Report on vaccination in Madras 1904-1921 - 1904-1921
Year: 1904
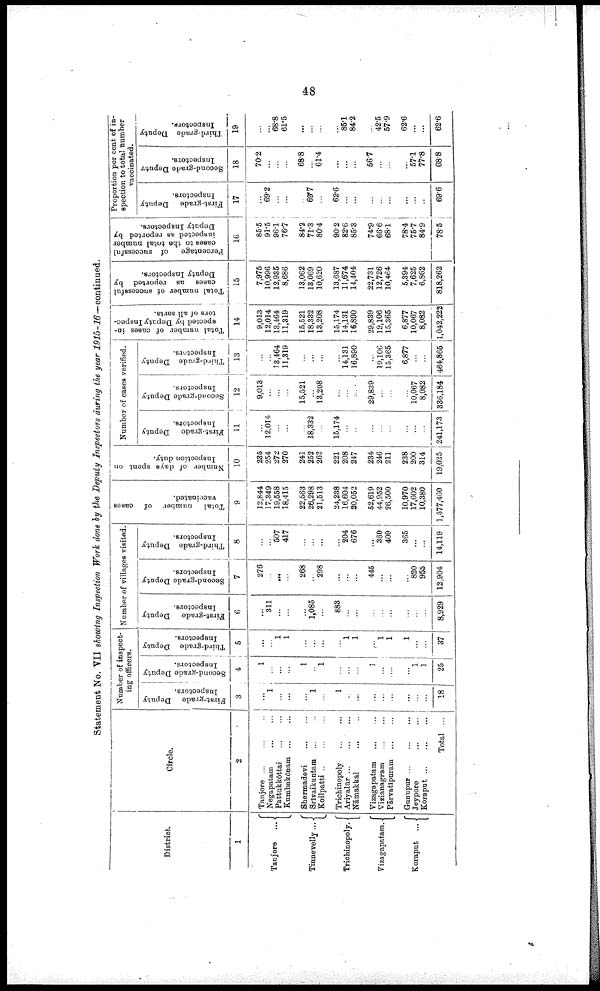
48
Statement No. VII showing Inspection Work done by the Deputy Inspectors during the year 1915-16—continued.
District.
1
Tanjore
...
Tinnevelly ...
Trichinopoly.
Vizagapatam.
Koraput ...
Circle.
2
Tanjore ... ... ...
Negapatam
...
...
Pattukkōttai
...
...
Kumbakōnam ...
...
Shermadevi
...
...
Srivaikuntam ... ...
Koilpatti
...
...
...
Trichinopoly
...
...
Ariyalūr
...
...
...
Nāmakkal ... ...
Vizagapatam
...
...
Vizianagram
...
...
Pārvatīpuram
...
...
Gunupur
...
...
...
Jeypore ... ...
...
Koraput
...
Total ...
Number of inspect
ing officers.
First-grade Deputy
Inspectors.
3
...
1
...
...
...
1
...
1
...
...
...
...
...
...
...
...
18
Second-grade Deputy
Inspectors.
4
1
...
...
...
1
...
1
...
...
...
1
...
...
...
1
1
25
Third-grade Deputy
Inspectors.
5
...
...
1
1
...
...
...
...
1
1
...
1
1
1
...
...
37
Number of villages visited.
First-grade Deputy
Inspectors.
6
...
311
...
...
...
1,085
...
883
...
...
...
...
...
...
...
...
8,929
Second-grade Deputy
Inspectors.
7
276
...
...
...
268
...
298
...
...
...
445
...
...
...
820
955
12,904
Third-grade Deputy
Inspectors.
8
...
...
507
417
...
...
...
...
204
676
...
360
409
365
...
...
14,119
Total number of cases
vaccinated.
9
12,844
17,349
19,558
18,415
22,563
26,298
21,513
24,238
16,604
20,052
52,619
44,952
26,500
10,970
17,602
10,380
1,577,460
Number of days spent on
Inspection duty.
10
235
254
272
270
241
252
262
221
208
247
234
246
211
238
200
314
19,025
Number of cases verified.
First-grade Deputy
Inspectors.
11
...
12,014
...
...
...
18,332
...
15,174
...
...
...
...
...
...
...
...
241,173
Second-grade Deputy
Inspectors.
12
9,013
...
...
...
15,521
...
13,208
...
...
...
29,839
...
...
...
10,067
8,082
336,184
Third-grade Deputy
Inspectors.
13
...
...
13,464
11,319
...
...
...
...
14,131
16,890
...
19,106
15,365
6,877
...
...
464,865
Total number of cases in
spected by Deputy Inspec
tors of all sorts.
14
9,013
12,014
13,464
11,319
15,521
18,332
13,208
15,174
14,131
16,890
29,839
19,106
15,365
6,877
10,067
8,082
1,042,222
Total number of successful
cases as reported by
Deputy Inspectors.
15
7,975
10,996
12,935
8,686
13,062
13,069
10,620
13,687
11,674
14,404
22,731
12,726
10,464
5,394
7,625
6,862
818,262
Percentage
of successful
cases to the total number
inspected as reported by
Deputy Inspectors.
16
85.5
91.5
96.1
76.7
84.2
71.3
80.4
90.2
82.6
85.3
74.9
66.6
68.1
78.4
75.7
84.9
78.5
Proportion per cent of in
spection to total number
vaccinated.
First-grade Deputy
Inspectors.
17
...
69.2
...
...
...
69.7
...
62.6
...
...
...
...
...
...
...
...
69.6
Second-grade Deputy
Inspectors.
18
70.2
...
...
...
68.8
...
61.4
...
...
...
56.7
...
...
...
57.1
77.8
68.8
Third-grade Deputy
Inspectors.
19
...
...
68.8
61.5
...
...
...
...
85.1
84.2
...
42.5
57.9
62.6
...
...
62.6